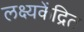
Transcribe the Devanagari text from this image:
लक्ष्यकेंद्रित